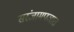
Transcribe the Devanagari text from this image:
सरंजामपञात